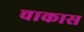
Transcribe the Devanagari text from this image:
चाकास